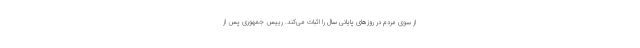
از سوی مردم در روزهای پایانی سال را اثبات می‌کند. رییس جمهوری پس از